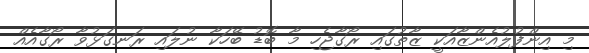
މި އިންފުލުއެންޒާއަކީ ޒާތުގައި ރޯގާޖެހި މާ ބޮޑު ބޭހަކާ ނުލައި ރަނގަޅުވާ ރޯގާއެއް